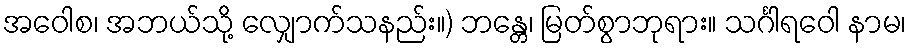
အဝေါစ၊ အဘယ်သို့ လျှောက်သနည်း။) ဘန္တေ၊ မြတ်စွာဘုရား။ သင်္ဂါရဝေါ နာမ၊